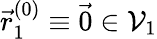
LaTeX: \vec{r}_{1}^{(0)}\equiv\vec{0}\in\mathcal{V}_{1}